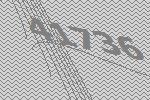
41736